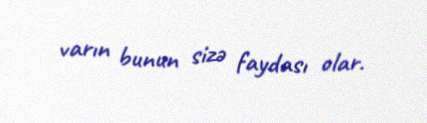
varın bunun sizə faydası olar.